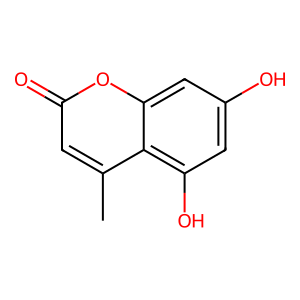
SMILES: Cc1cc(=O)oc2cc(O)cc(O)c12
Inhibits HIV replication: No